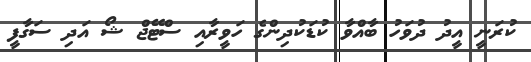
ކުރަނީ އީދު ދުވަހު ބާއްވާ ކުޑަކުދިންގެ ހަވީރާއި ސްޓޭޖް ޝޯ އަދި ސަގާފީ